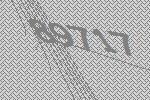
89717